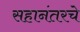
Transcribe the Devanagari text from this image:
सहानंतरचे